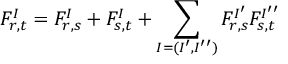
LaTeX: F _ { r , t } ^ { I } = F _ { r , s } ^ { I } + F _ { s , t } ^ { I } + \sum _ { I = ( I ^ { \prime } , I ^ { \prime \prime } ) } F _ { r , s } ^ { I ^ { \prime } } F _ { s , t } ^ { I ^ { \prime \prime } }